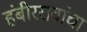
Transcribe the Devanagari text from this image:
हंबीररावांचा